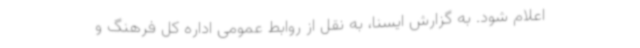
اعلام شود. به گزارش ایسنا، به نقل از روابط عمومی اداره کل فرهنگ و